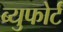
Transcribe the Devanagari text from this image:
ब्युफोर्ट